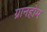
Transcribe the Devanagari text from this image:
ग्रानहोम